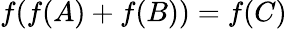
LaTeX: f(f(A)+f(B))=f(C)